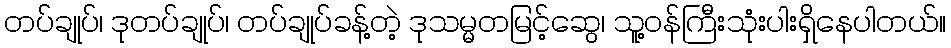
တပ်ချုပ်၊ ဒုတပ်ချုပ်၊ တပ်ချုပ်ခန့်တဲ့ ဒုသမ္မတမြင့်ဆွေ၊ သူ့ဝန်ကြီးသုံးပါးရှိနေပါတယ်။